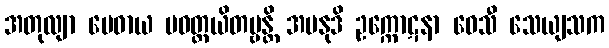
အတုလျာ မေဓာယ ပဝတ္တယိတဗ္ဗန္တိ အပနုဒိ ဥက္ကောဋနာ ဝေသီ သေယျသက